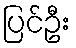
ပြင်ဦး